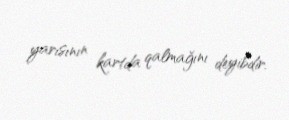
yarısının kartda qalmağını deyibdir.